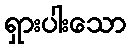
ရှားပါးသော